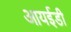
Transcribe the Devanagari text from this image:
आयईडी